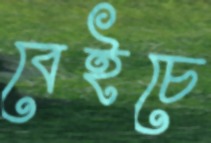
বেইচে